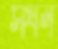
সঘন